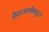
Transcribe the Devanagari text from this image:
हैदरअलीकडून